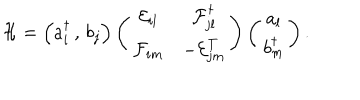
LaTeX: \mathcal { H } = \left( a _ { i } ^ { \dagger } \, , \, b _ { j } \right) \left( \begin{matrix} { { \mathcal { E } _ { i l } } } & { { \mathcal { F } _ { j l } ^ { \dagger } } } \\ { { \mathcal { F } _ { i m } } } & { { - \mathcal { E } _ { j m } ^ { T } } } \\ \end{matrix} \right) \left( \begin{matrix} { { a _ { l } } } \\ { { b _ { m } ^ { \dagger } } } \\ \end{matrix} \right) .